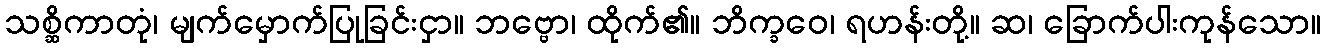
သစ္ဆိကာတုံ၊ မျက်မှောက်ပြုခြင်းငှာ။ ဘဗ္ဗော၊ ထိုက်၏။ ဘိက္ခဝေ၊ ရဟန်းတို့။ ဆ၊ ခြောက်ပါးကုန်သော။